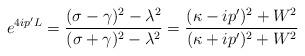
LaTeX: \begin{align*}e^{4ip^{\prime}L} = \frac{(\sigma-\gamma)^2-\lambda^2}{(\sigma+\gamma)^2-\lambda^2}= \frac{(\kappa-ip^{\prime})^2+W^2}{(\kappa+ip^{\prime})^2+W^2}\end{align*}